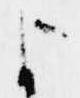
よ